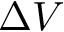
\Delta V